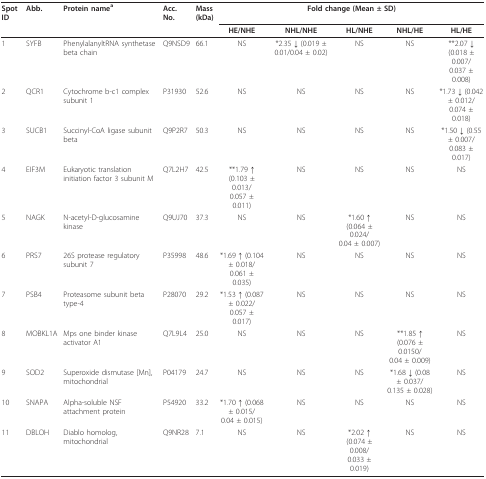
<table><thead><tr><td><b>Spot ID</b></td><td><b>Abb.</b></td><td><b>Protein name<sup>a</sup></b></td><td><b>Acc. No.</b></td><td><b>Mass(kDa)</b></td><td colspan="5"><b>Fold change (Mean ± SD)</b></td></tr><tr><td>[EMPTY_CELL]</td><td>[EMPTY_CELL]</td><td>[EMPTY_CELL]</td><td>[EMPTY_CELL]</td><td>[EMPTY_CELL]</td><td><b>HE/NHE</b></td><td><b>NHL/NHE</b></td><td><b>HL/NHE</b></td><td><b>NHL/HE</b></td><td><b>HL/HE</b></td></tr></thead><tbody><tr><td>1</td><td>SYFB</td><td>PhenylalanyltRNA synthetase beta chain</td><td>Q9NSD9</td><td>66.1</td><td>NS</td><td>*2.35 ↓ (0.019 ± 0.01/0.04 ± 0.02)</td><td>NS</td><td>NS</td><td>**2.07 ↓ (0.018 ± 0.007/0.037 ± 0.008)</td></tr><tr><td>2</td><td>QCR1</td><td>Cytochrome b-c1 complex subunit 1</td><td>P31930</td><td>52.6</td><td>NS</td><td>NS</td><td>NS</td><td>NS</td><td>*1.73 ↓ (0.042 ± 0.012/0.074 ± 0.018)</td></tr><tr><td>3</td><td>SUCB1</td><td>Succinyl-CoA ligase subunit beta</td><td>Q9P2R7</td><td>50.3</td><td>NS</td><td>NS</td><td>NS</td><td>NS</td><td>*1.50 ↓ (0.55 ± 0.007/0.083 ± 0.017)</td></tr><tr><td>4</td><td>EIF3M</td><td>Eukaryotic translation initiation factor 3 subunit M</td><td>Q7L2H7</td><td>42.5</td><td>**1.79 ↑ (0.103 ± 0.013/0.057 ± 0.011)</td><td>NS</td><td>NS</td><td>NS</td><td>NS</td></tr><tr><td>5</td><td>NAGK</td><td>N-acetyl-D-glucosamine kinase</td><td>Q9UJ70</td><td>37.3</td><td>NS</td><td>NS</td><td>*1.60 ↑ (0.064 ± 0.024/0.04 ± 0.007)</td><td>NS</td><td>NS</td></tr><tr><td>6</td><td>PRS7</td><td>26S protease regulatory subunit 7</td><td>P35998</td><td>48.6</td><td>*1.69 ↑ (0.104 ± 0.018/0.061 ± 0.035)</td><td>NS</td><td>NS</td><td>NS</td><td>NS</td></tr><tr><td>7</td><td>PSB4</td><td>Proteasome subunit beta type-4</td><td>P28070</td><td>29.2</td><td>*1.53 ↑ (0.087 ± 0.022/0.057 ± 0.017)</td><td>NS</td><td>NS</td><td>NS</td><td>NS</td></tr><tr><td>8</td><td>MOBKL1A</td><td>Mps one binder kinase activator A1</td><td>Q7L9L4</td><td>25.0</td><td>NS</td><td>NS</td><td>NS</td><td>**1.85 ↑ (0.076 ± 0.0150/0.04 ± 0.009)</td><td>NS</td></tr><tr><td>9</td><td>SOD2</td><td>Superoxide dismutase [Mn], mitochondrial</td><td>P04179</td><td>24.7</td><td>NS</td><td>NS</td><td>NS</td><td>*1.68 ↓ (0.08 ± 0.037/0.135 ± 0.028)</td><td>NS</td></tr><tr><td>10</td><td>SNAPA</td><td>Alpha-soluble NSF attachment protein</td><td>P54920</td><td>33.2</td><td>*1.70 ↑ (0.068 ± 0.015/0.04 ± 0.015)</td><td>NS</td><td>NS</td><td>NS</td><td>NS</td></tr><tr><td>11</td><td>DBLOH</td><td>Diablo homolog, mitochondrial</td><td>Q9NR28</td><td>7.1</td><td>NS</td><td>NS</td><td>*2.02 ↑ (0.074 ± 0.008/0.033 ± 0.019)</td><td>NS</td><td>NS</td></tr></tbody></table>